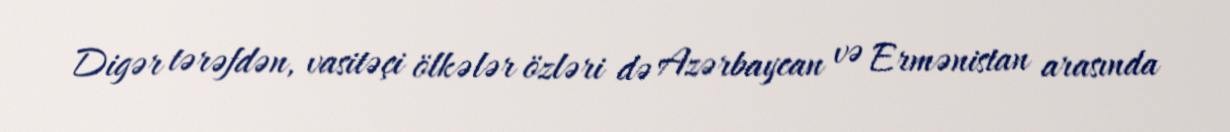
Digər tərəfdən, vasitəçi ölkələr özləri də Azərbaycan və Ermənistan arasında